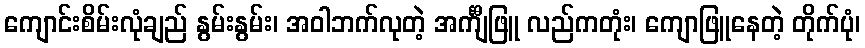
ကျောင်းစိမ်းလုံချည် နွမ်းနွမ်း၊ အဝါဘက်လုတဲ့ အင်္ကျီဖြူ လည်ကတုံး၊ ကျောဖြူနေတဲ့ တိုက်ပုံ၊